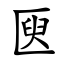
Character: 㔱